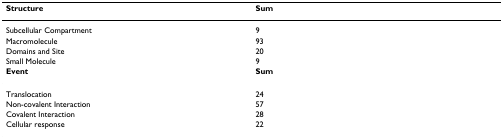
<table><thead><tr><td><b>Structure</b></td><td><b>Sum</b></td></tr></thead><tbody><tr><td>Subcellular Compartment</td><td>9</td></tr><tr><td>Macromolecule</td><td>93</td></tr><tr><td>Domains and Site</td><td>20</td></tr><tr><td>Small Molecule</td><td>9</td></tr><tr><td><b>Event</b></td><td><b>Sum</b></td></tr><tr><td>Translocation</td><td>24</td></tr><tr><td>Non-covalent Interaction</td><td>57</td></tr><tr><td>Covalent Interaction</td><td>28</td></tr><tr><td>Cellular response</td><td>22</td></tr></tbody></table>